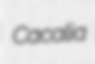
Cacalia